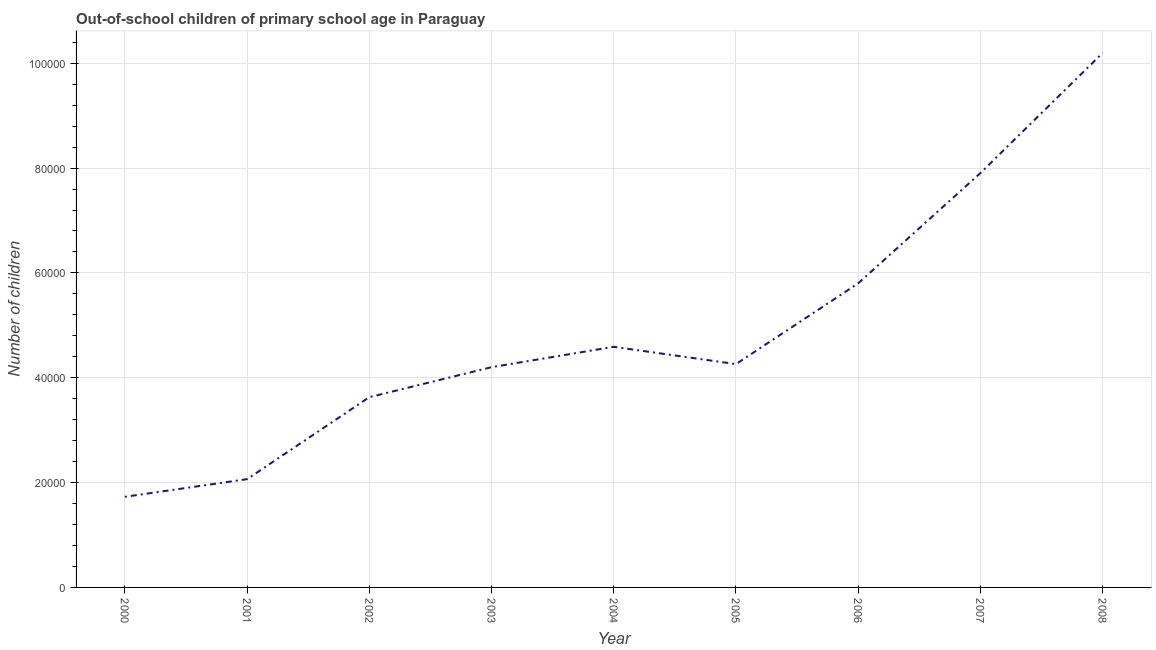
| Year | Out-of-school children of primary school age |
 | --- | --- |
 | 2000 | 1.73e+04 |
 | 2001 | 2.07e+04 |
 | 2002 | 3.63e+04 |
 | 2003 | 4.2e+04 |
 | 2004 | 4.59e+04 |
 | 2005 | 4.26e+04 |
 | 2006 | 5.8e+04 |
 | 2007 | 7.90e+04 |
 | 2008 | 1.02e+05 |